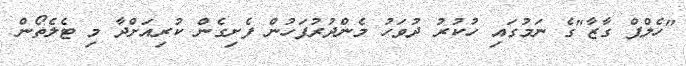
"ހެލްޕް ގާޒާ"ގެ ނަމުގައި ހުކުރު ދުވަހު މެންދުރުފަހުން ފެށިގެން ކުރިއަށްދާ މި ޓެލެތޯން